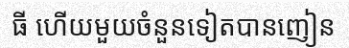
ធី ហើយមួយចំនួនទៀតបានញៀន